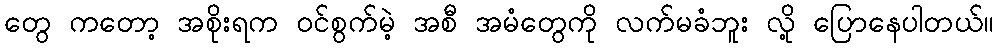
တွေ ကတော့ အစိုးရက ဝင်စွက်မဲ့ အစီ အမံတွေကို လက်မခံဘူး လို့ ပြောနေပါတယ်။